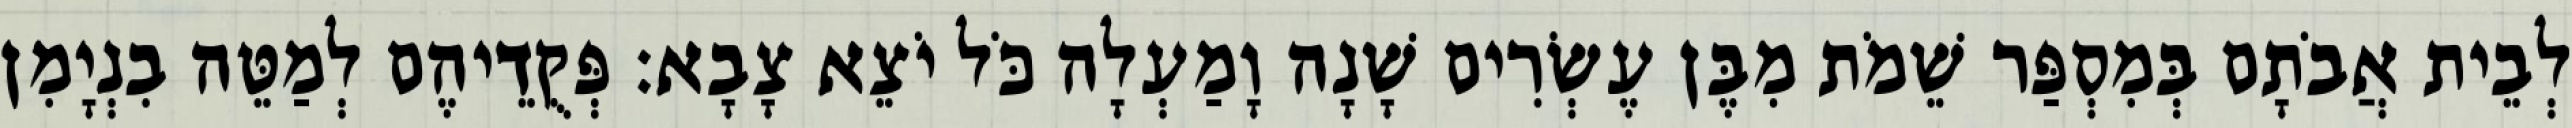
לְבֵית אֲבֹתָם בְּמִסְפַּר שֵׁמֹת מִבֶּן עֶשְׂרִים שָׁנָה וָמַעְלָה כֹּל יֹצֵא צָבָא׃ פְּקֻדֵיהֶם לְמַטֵּה בִנְיָמִן